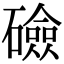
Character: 礆